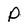
Character: p